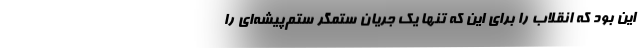
این بود که انقلاب را برای این که تنها یک جریان ستمگر ستم‌پیشه‌ای را